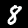
Digit: 8